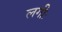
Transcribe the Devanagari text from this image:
लगीः